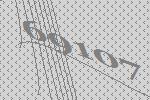
69107